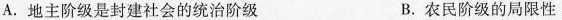
A.地主阶级是封建社会的统治阶级 B.农民阶级的局限性